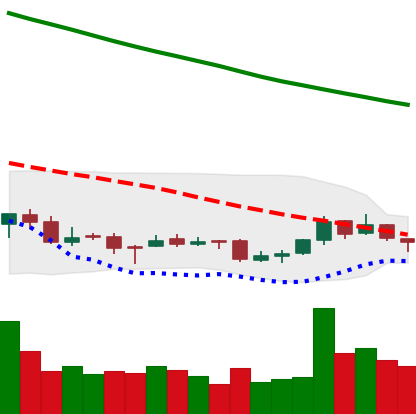
Ticker: NEO-USD
Chart end date: 2018-09-25
Forward return: 4.387%
Label: up_3_5